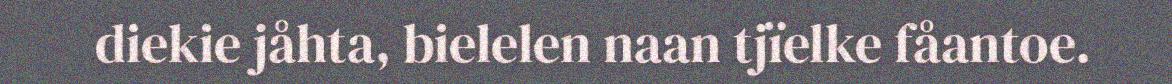
diekie jåhta, bielelen naan tjïelke fåantoe.